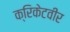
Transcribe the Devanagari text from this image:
क्रिकेटवीर